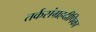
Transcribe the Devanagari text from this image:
तर्कसंग्रहदीपिका